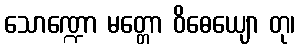
သောဏ္ဍော မတ္တော ဝိဓေယျော တု၊